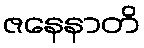
ဇနေနာတိ